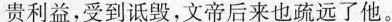
贵利益,受到诋毁,文帝后来也疏远了他。